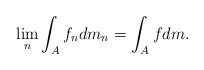
LaTeX: \begin{align*}\lim_n \int_{A} f_ndm_n = \int_{A} fdm.\end{align*}